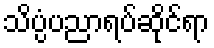
သိပ္ပံပညာရပ်ဆိုင်ရာ